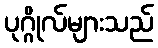
ပုဂ္ဂိုလ်များသည်